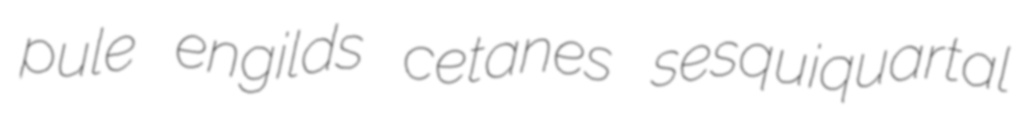
pule engilds cetanes sesquiquartal